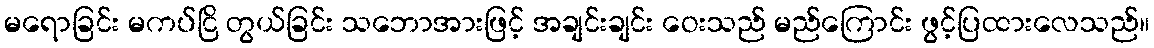
မရောခြင်း မကပ်ငြိ တွယ်ခြင်း သဘောအားဖြင့် အချင်းချင်း ဝေးသည် မည်ကြောင်း ဖွင့်ပြထားလေသည်။